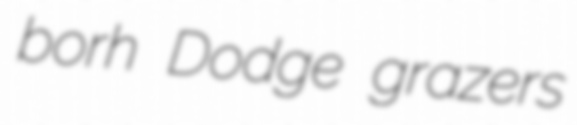
borh Dodge grazers